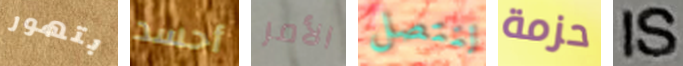
بتهور أحسد الأمر لنتصل حزمة IS